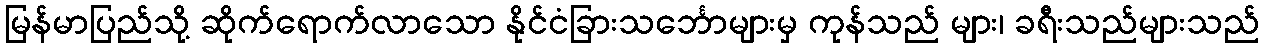
မြန်မာပြည်သို့ ဆိုက်ရောက်လာသော နိုင်ငံခြားသင်္ဘောများမှ ကုန်သည် များ၊ ခရီးသည်များသည်